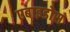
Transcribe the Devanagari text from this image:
एबाइडोस